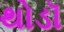
થોડૉ